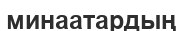
минаатардың